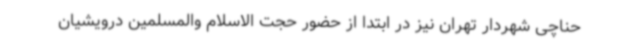
حناچی شهردار تهران نیز در ابتدا از حضور حجت الاسلام والمسلمین درویشیان